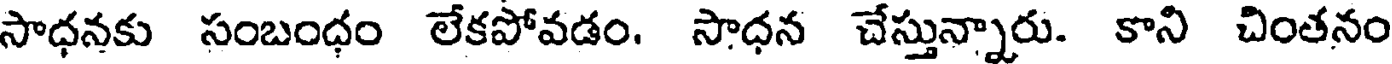
సాధనకు సంబంధం లేకపోవడం. సాధన చేస్తున్నారు. కాని చింతనం